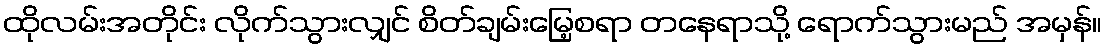
ထိုလမ်းအတိုင်း လိုက်သွားလျှင် စိတ်ချမ်းမြေ့စရာ တနေရာသို့ ရောက်သွားမည် အမှန်။